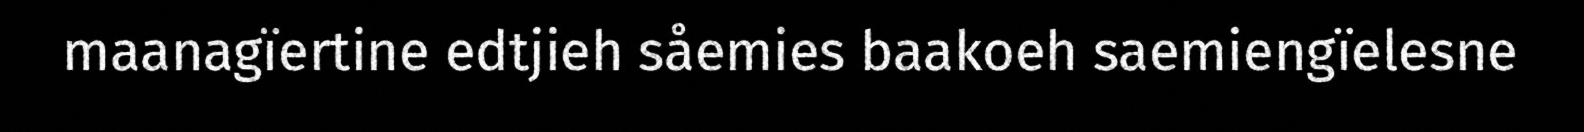
maanagïertine edtjieh såemies baakoeh saemiengïelesne